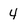
Character: 4